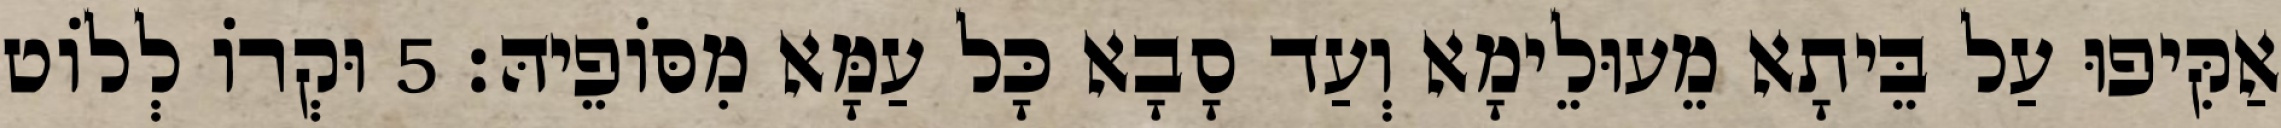
אַקִּיפוּ עַל בֵּיתָא מֵעוּלֵימָא וְעַד סָבָא כָּל עַמָּא מִסּוֹפֵיהּ׃ 5 וּקְרוֹ לְלוֹט